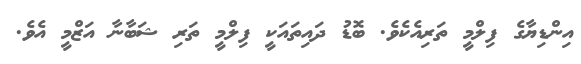
އިންޑިޔާގެ ފިލްމީ ތަރިއެކެވެ. ބޮޑު ދައިތައަކީ ފިލްމީ ތަރި ޝަބާނާ އަޒްމީ އެވެ.